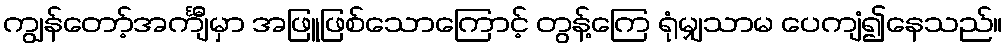
ကျွန်တော့်အင်္ကျီမှာ အဖြူဖြစ်သောကြောင့် တွန့်ကြေ ရုံမျှသာမ ပေကျံ၍နေသည်။